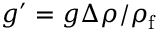
g ^ { \prime } = g \Delta \rho / \rho _ { \mathrm { f } }